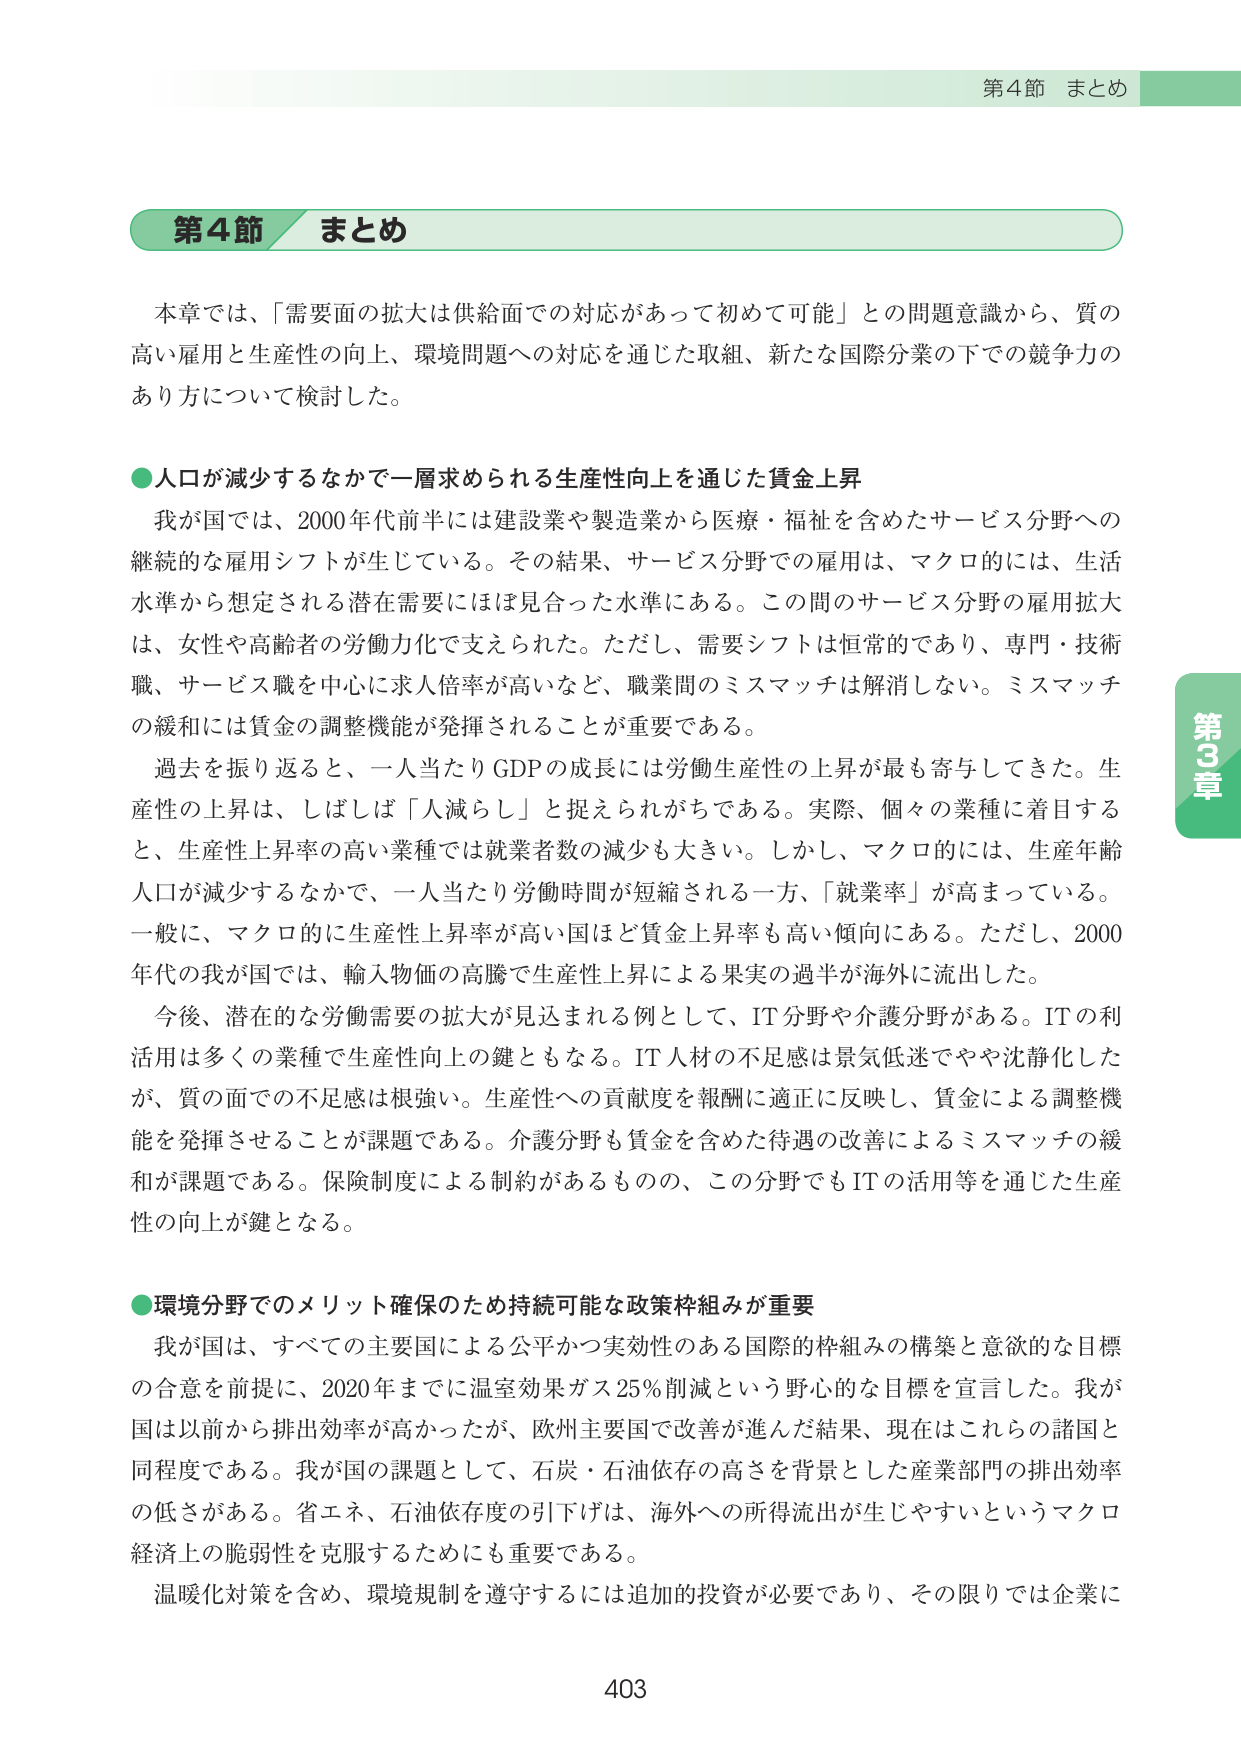
第4節 まとめ

本章では、「需要面の拡大は供給面での対応があって初めて可能」との問題意識から、質の高い雇用と生産性の向上、環境問題への対応を通じた取組、新たな国際分業の下での競争力のあり方について検討した。

●人口が減少するなかで一層求められる生産性向上を通じた賃金上昇

我が国では、2000年代前半には建設業や製造業から医療・福祉を含めたサービス分野への継続的な雇用シフトが生じている。その結果、サービス分野での雇用は、マクロ的には、生活水準から想定される潜在需要にはほぼ見合った水準にある。この間のサービス分野の雇用拡大は、女性や高齢者の労働力化で支えられた。ただし、需要シフトは恒常的であり、専門・技術職、サービス職を中心に求人倍率が高いなど、職業間のミスマッチは解消しない。ミスマッチの緩和には賃金の調整機能が発揮されることが重要である。

過去を振り返ると、一人当たりGDPの成長には労働生産性の上昇が最も寄与してきた。生産性の上昇は、しばしば「人減らし」と捉えられがちである。実際、個々の業種に着目すると、生産性上昇率の高い業種では就業者数の減少も大きい。しかし、マクロ的には、生産年齢人口が減少するなかで、一人当たり労働時間が短縮される一方、「就業率」が高まっている。一般に、マクロ的に生産性上昇率が高い国ほど賃金上昇率も高い傾向にある。ただし、2000年代の我が国では、輸入物価の高騰で生産性上昇による果実の過半が海外に流出した。

今後、潜在的な労働需要の拡大が見込まれる例として、IT分野や介護分野がある。ITの利活用は多くの業種で生産性向上の鍵ともなる。IT人材の不足感は景気低迷でやや沈静化したが、質の面での不足感は根強い。生産性への貢献度を報酬に適正に反映し、賃金による調整機能を発揮させることが課題である。介護分野も賃金を含めた待遇の改善によるミスマッチの緩和が課題である。保険制度による制約があるものの、この分野でもITの活用等を通じた生産性の向上が鍵となる。

●環境分野でのメリット確保のため持続可能な政策枠組みが重要

我が国は、すべての主要国による公平かつ実効性のある国際的枠組みの構築と意欲的な目標の合意を前提に、2020年までに温室効果ガス25％削減という野心的な目標を宣言した。我が国は以前から排出効率が高かったが、欧州主要国で改善が進んだ結果、現在はこれらの諸国と同程度である。我が国の課題として、石炭・石油依存の高さを背景とした産業部門の排出効率の低さがある。省エネ、石油依存度の引下げは、海外への所得流出が生じやすいというマクロ経済上の脆弱性を克服するためにも重要である。

温暖化対策を含め、環境規制を遵守するには追加的投資が必要であり、その限りでは企業に

403

第3章